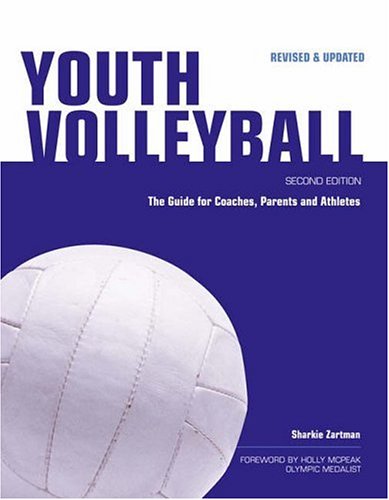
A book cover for Youth Volleyball: The Guide for Coaches & Parents (Betterway Coaching Kids Series); Sharkie Zartman; Sports & Outdoors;